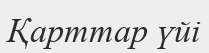
Қарттар үйі